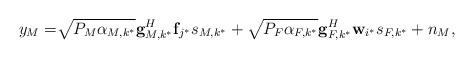
LaTeX: \begin{align*}{{y_{M}=}}\sqrt{P_M \alpha_{M,k^*}} {\bf g}^H_{M,k^*} {\bf f}_{j^*} s_{M,k^*}+ \sqrt{P_F \alpha_{F,k^*}} {\bf g}^H_{F,k^*} {\bf w}_{i^*} s_{F,k^*}+n_M,\end{align*}